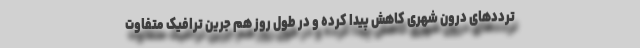
ترددهای درون شهری کاهش پیدا کرده و در طول روز هم جرین ترافیک متفاوت